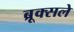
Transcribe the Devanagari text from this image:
ब्रूक्सले